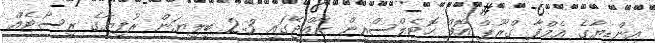
އިންޑިޔާގެ އެމްފާ ގްރޫޕް އޮފް ހެޮޓެލްސްއިން ރާއްޖޭގައި 2.3 ބިލިޔަން ރުފިޔާގެ ރިސޯޓެއް